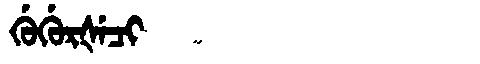
Manchu: ᡤᡠᡤᡠᡵᡧᡝᠴᡳ
Romanization: GUGURŠECI